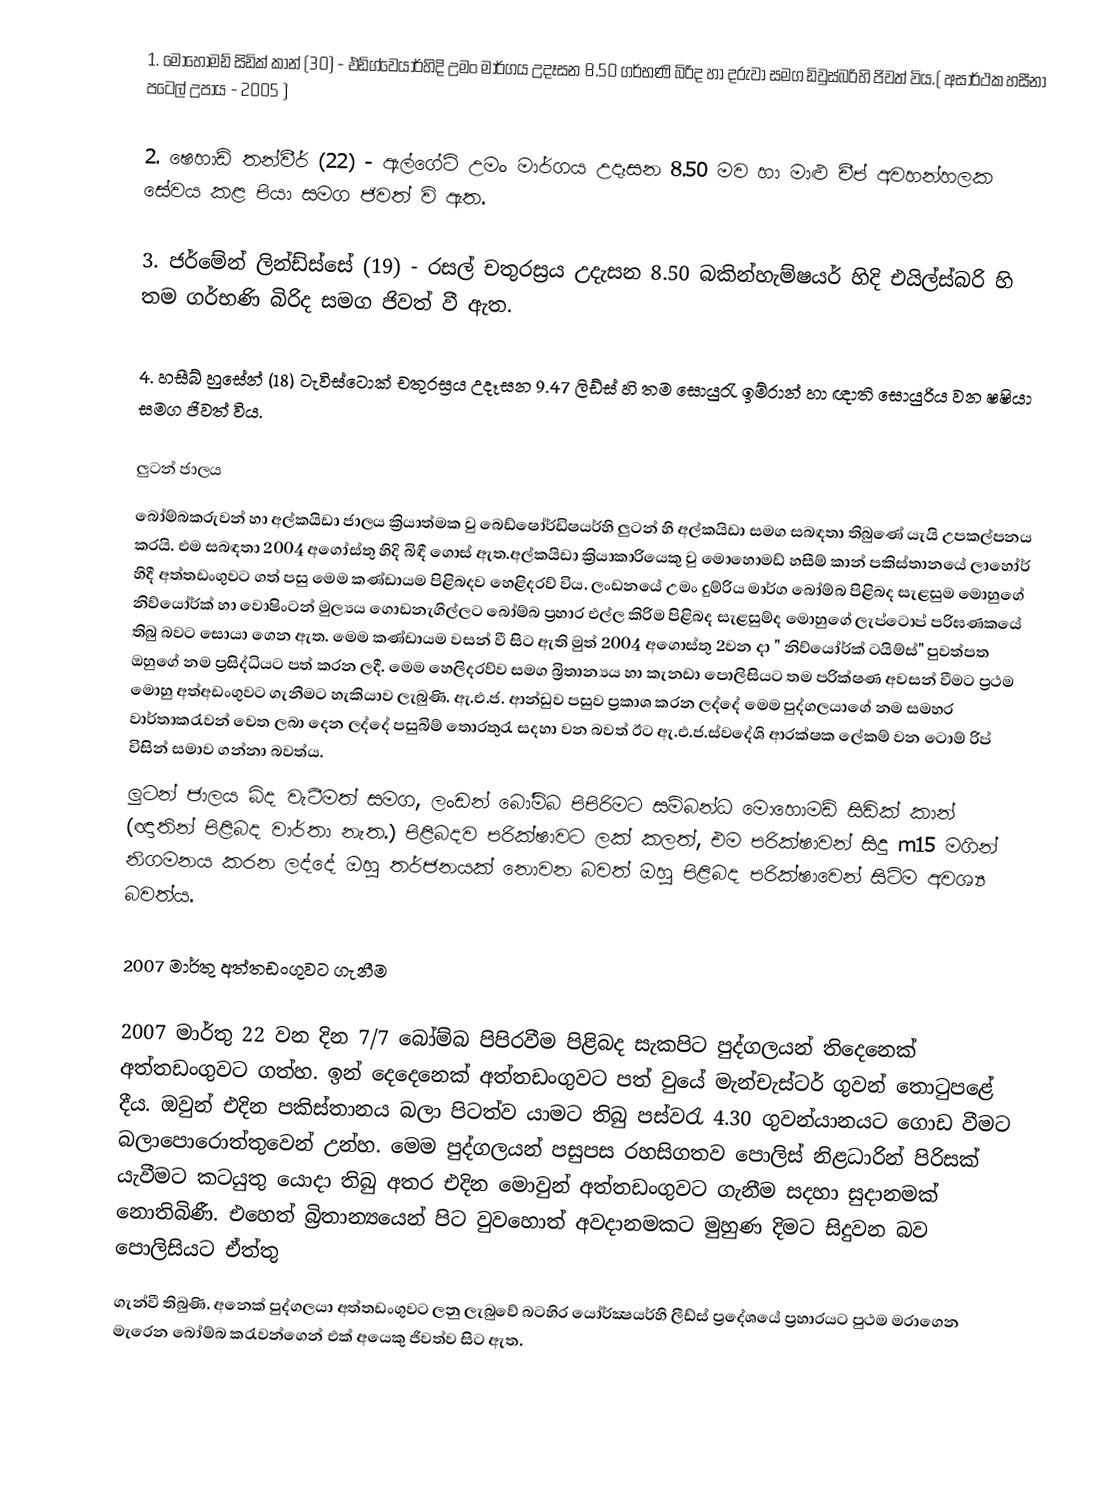
1.	මොහොමඩ් සිඩික් කාන් (30) - එඩ්ග්වෙයාර්හිදි  උමං මාර්ගය උදෑසන 8.50 ගර්භණි බිරිද හා දරුවා සමග ඩිවුස්බරිහි ජිවත් විය.( අසාර්ථක හසීනා පටෙල් උපාය - 2005 )

2.	ෂෙහාඩ් තන්වීර් (22)  - ඇල්ගේට් උමං මාර්ගය උදෑසන 8.50 මව හා මාළු චීප් අවහන්හලක සේවය කළ පියා සමග ජිවත් වි ඇත.

3.	ජර්මේන් ලින්ඩ්ස්සේ (19) - රසල් චතුරස්‍රය උදැසන 8.50 බකින්හැම්ෂයර් හිදි එයිල්ස්බරි හි තම ගර්භණි බිරිද සමග ජිවත් වී ඇත.

4.	හසීබ් හුසේන් (18) ටැවිස්ටොක් චතුරස්‍රය උදෑසන 9.47 ලිඩ්ස් හි තම සොයුරැ ඉම්රාන් හා ඥාති සොයුරිය වන ෂෂියා සමග ජිවත් විය.

ලුටන් ජාලය
බෝම්බකරුවන් හා අල්කයිඩා ජාලය ක්‍රියාත්මක වු බෙඩ්ෂෝර්ඩිෂයර්හි ලුටන් හි අල්කයිඩා සමග සබඳතා තිබුණේ යැයි උපකල්පනය කරයි. එම සබඳතා 2004 අගෝස්තු හිදි බිඳී ගොස් ඇත.අල්කයිඩා ක්‍රියාකාරියෙකු වු මොහොමඩ් හසීම් කාන් පකිස්තානයේ ලාහෝර් හිදී අත්තඩංගුවට ගත් පසු මෙම කණ්ඩායම පිළිබදව හෙළිදරව් විය. ලංඩනයේ උමං දුම්රිය මාර්ග බෝම්බ පිළිබද  සැළසුම මොහුගේ නිව්යෝර්ක් හා වොෂිංටන් මුල්‍යය ගොඩනැගිල්ල‍ට බෝම්බ ප්‍රහාර එල්ල කිරිම පිළිබද සැළසුම්ද මොහුගේ ලැප්ටොප් පරිඝණකයේ තිබු බවට සොයා ගෙන ඇත. මෙම කණ්ඩායම වසන් වී සිට ඇති මුත් 2004  අගොස්තු 2වන දා " නිව්යෝර්ක් ටයිම්ස්" පුවත්පත ඔහුගේ නම ප්‍රසිද්ධියට පත් කරන ලදී. මෙම හෙලිදරව්ව සමග බ්‍රිතාන්‍යය හා කැනඩා පොලිසියට තම පරික්ෂණ අවසන් වීමට ප්‍රථම මොහු අත්අඩංගුවට ගැනීමට හැකියාව ලැබුණි. ඇ.එ.ජ. ආන්ඩුව පසුව ප්‍රකාශ කරන ලද්දේ මෙම පුද්ගලයාගේ නම සමහර වාර්තාකරැවන් වෙත ලබා දෙන ලද්දේ පසුබිම් තොරතුරැ සදහා වන බවත් ඊට ඇ.එ.ජ.ස්වදේශි ආරක්ෂක ලේකම් වන ටොම් රිප් විසින් සමාව ගන්නා බවත්ය.
ලුටන් ජාලය බිද වැටීමත් සමග, ලංඩන් බෝම්බ පිපිරිමට සම්බන්ධ මොහොමඩ්  සිඩික් කාන් (ඥාතින් පිළිබද වාර්තා නැත.) පිළිබදව පරික්ෂාවට ලක් කලත්, එම පරික්ෂාවන් සිදු  m15 මගින් නිගමනය කරන ලද්දේ ඔහු තර්ජනයක් නොවන බවත් ඔහු පිළිබද පරික්ෂාවෙන් සිටිම අවශ්‍ය බවත්ය.

2007 මාර්තු අත්තඩංගුවට ගැනීම

2007 මාර්තු 22 වන දින 7/7 බෝම්බ පිපිරවීම පිළිබද සැකපිට පුද්ගලයන් තිදෙනෙක් අත්තඩංගුවට ගත්හ. ඉන් දෙදෙනෙක් අත්තඩංගුවට පත් වුයේ මැන්චැස්ටර් ගුවන් තොටුපළේ දීය. ඔවුන් එදින පකිස්තානය බලා පිටත්ව යාමට තිබු පස්වරැ 4.30 ගුවන්යානයට ගොඩ වීමට බලාපොරොත්තුවෙන් උන්හ. මෙම පුද්ගලයන් පසුපස රහසිගතව පොලිස් නිළධාරින් පිරිසක් යැවීමට කටයුතු යොදා තිබු අතර එදින මොවුන් අත්තඩංගුවට ගැනීම සදහා සුදානමක් නොතිබිණී. එහෙත් බ්‍රිතාන්‍යයෙන් පිට වුවහොත් අවදානමකට මුහුණ දිමට සිදුවන බව පොලිසියට ඒත්තු
ගැන්වී තිබුණි. අනෙක් පුද්ගලයා අත්තඩංගුවට ලනු ලැබුවේ බටහිර යෝර්ක්‍ෂයර්හි ලීඩ්ස් ප්‍රදේශයේ ප්‍රහාරයට පුථම මරාගෙන මැරෙන බෝම්බ කරැවන්ගෙන් එක් අයෙකු ජිවත්ව සිට ඇත.